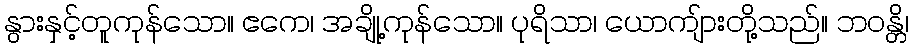
နွားနှင့်တူကုန်သော။ ဧကေ၊ အချို့ကုန်သော။ ပုရိသာ၊ ယောကျ်ားတို့သည်။ ဘဝန္တိ၊